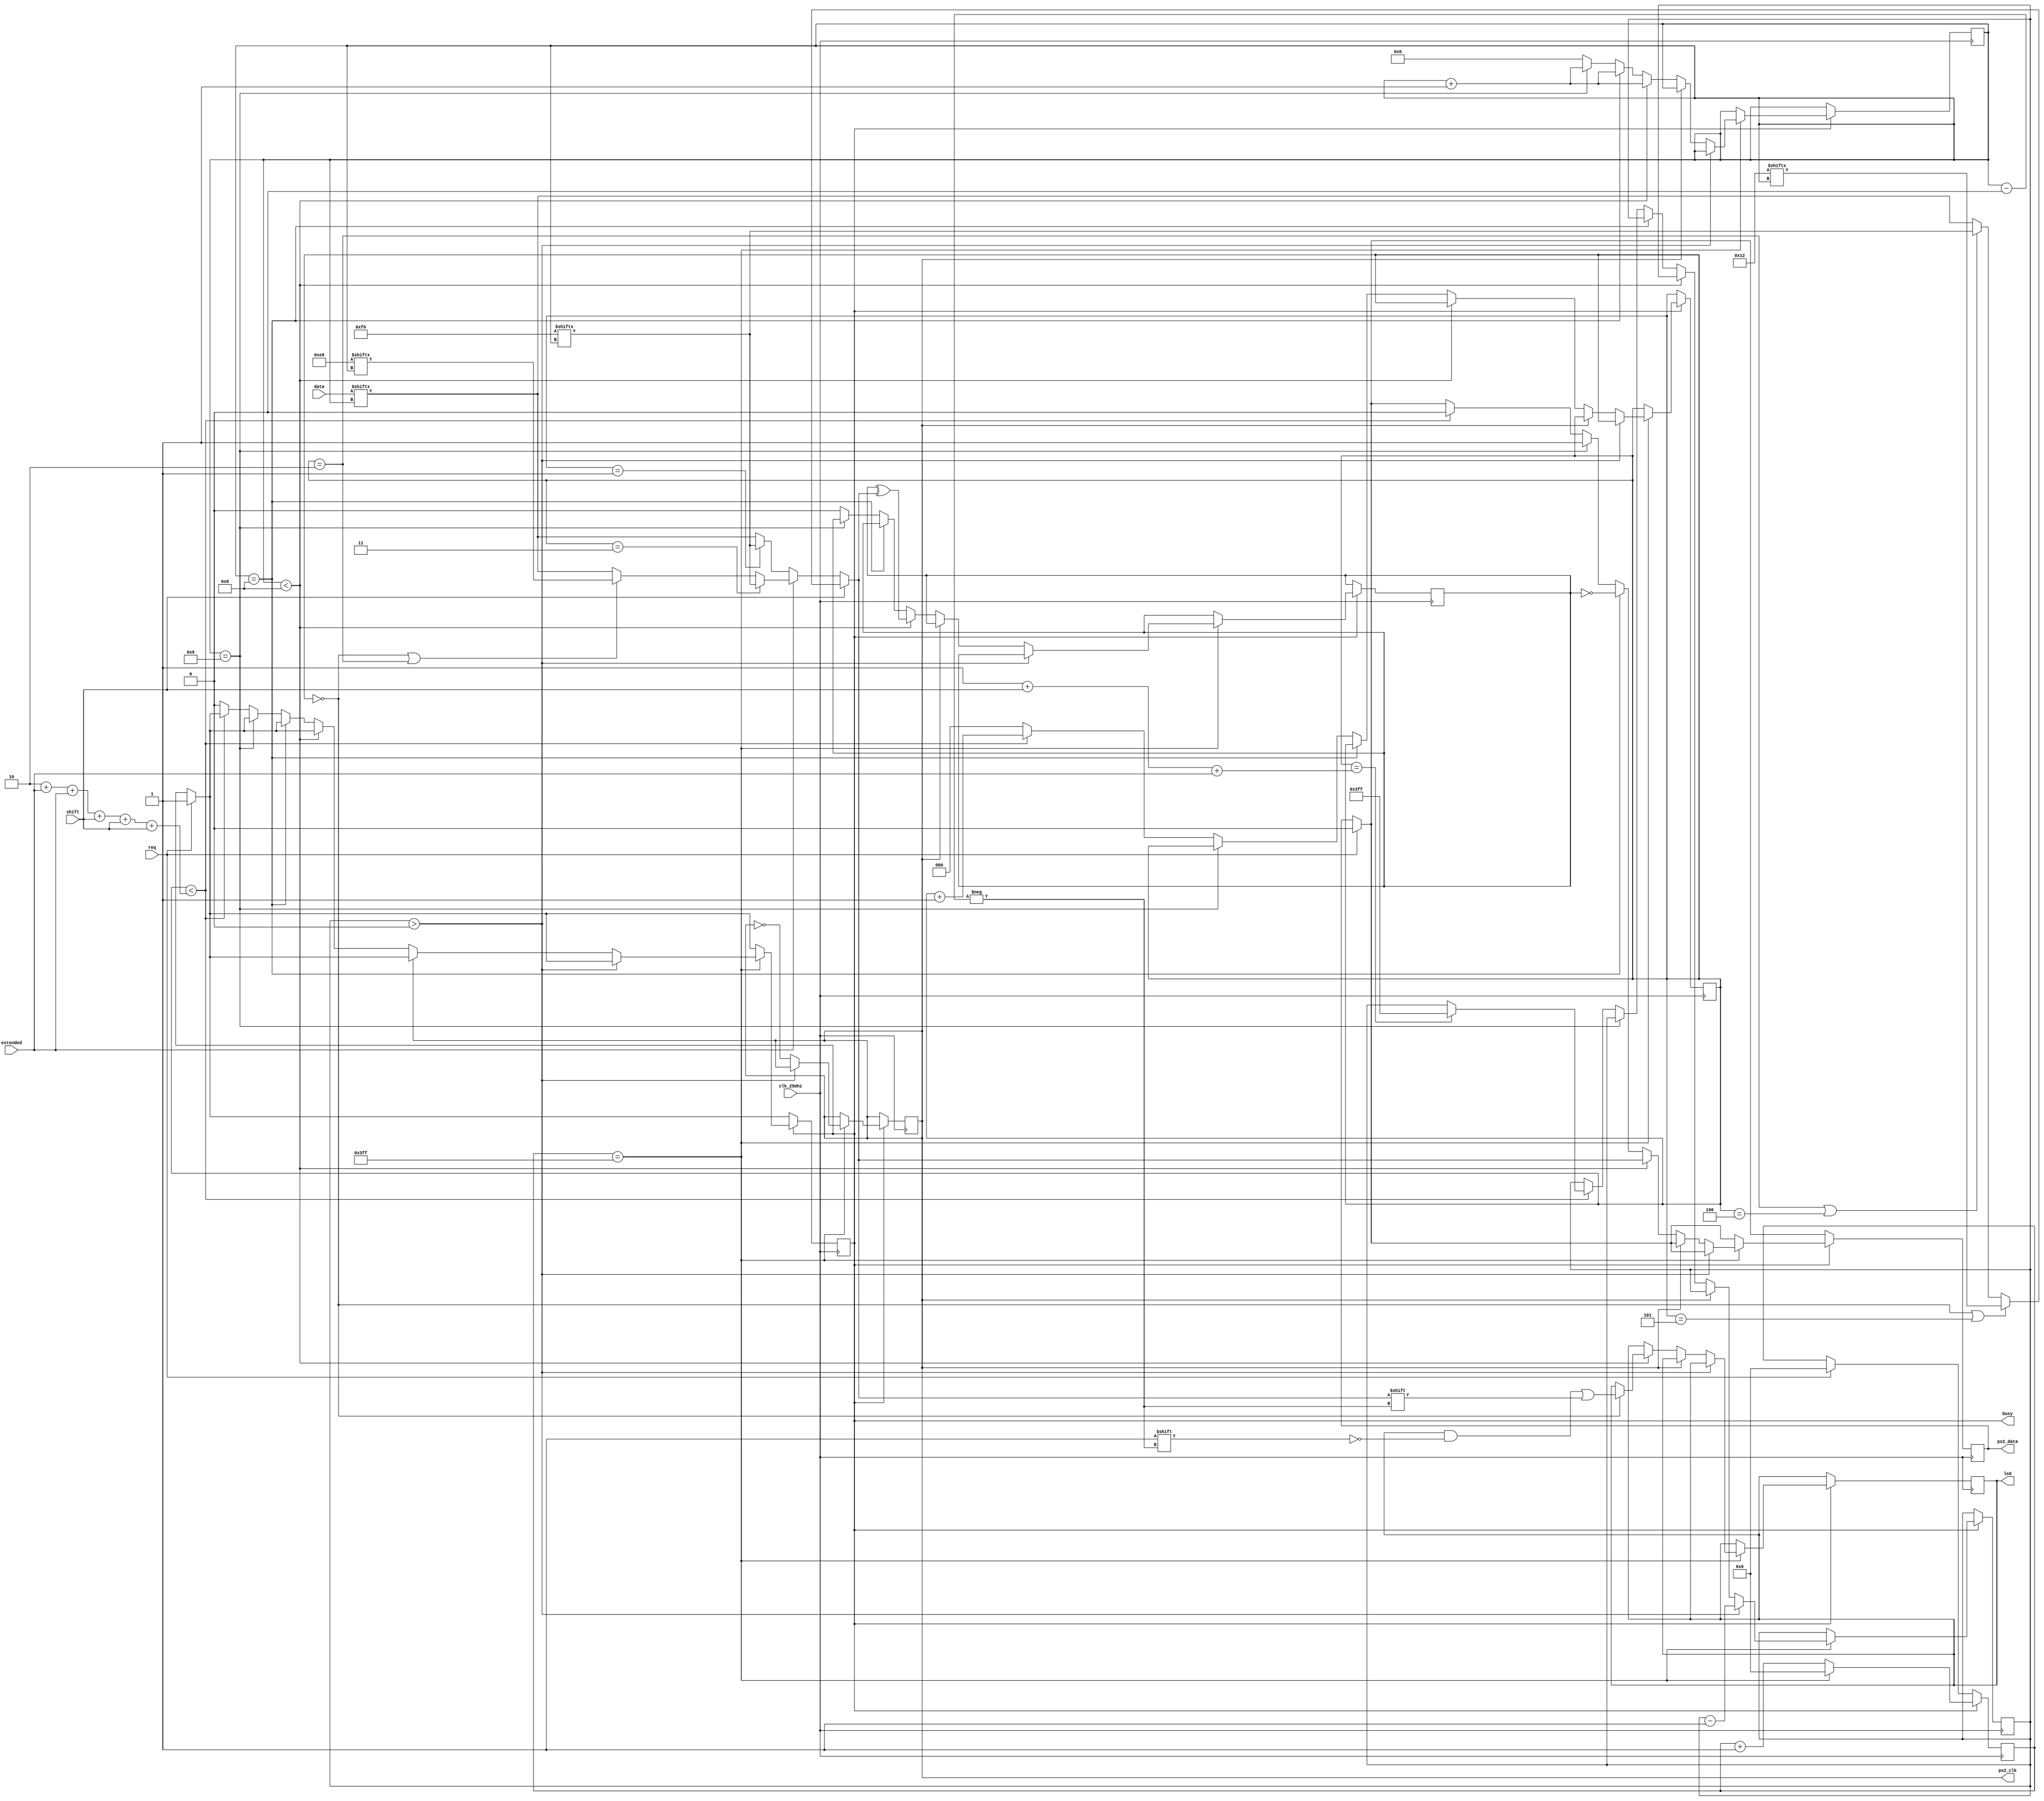
module ps2_send (
  input            clk_25mhz,
  output reg       ps2_data,
  output reg       ps2_clk = 1,
  input            req,
  output reg       busy,
  input [7:0]      data,
  input            extended,
  input            shift,
  output reg [7:0] led
);

reg [3:0]  bit_count = 0;
reg [10:0] prescaler = 0;
reg        parity = 0;
reg [2:0]  byte_count = 0;
reg [11:0]  delay = 0;

wire [7:0] break_code  = 8'hf0;
wire [7:0] extend_code = 8'he0;
wire [7:0] shift_code = 8'h12;

wire data_bit = data[bit_count];
wire break_bit = break_code[bit_count];
wire extend_bit = extend_code[bit_count];
wire shift_bit = shift_code[bit_count];

wire send_bit = (shift ? ((byte_count == 0 || byte_count == 5) ? shift_bit
                       : ((byte_count == 2 || byte_count == 4) ? break_bit : data_bit)) :
	         (extended ? (byte_count == 3 ? break_bit : 
		             ((byte_count == 0 || byte_count == 2) ? extend_bit : data_bit))
	                   : (byte_count == 1 ? break_bit : data_bit)));

always @(posedge clk_25mhz) begin
  if (req) begin
    ps2_data <= 0; // Start bit
    busy <= 1;
    prescaler <= 0;
  end
 
  if (busy) begin
    prescaler <= prescaler + 1;

    if (prescaler == 1023) begin
      prescaler <= 0;
      if (delay > 0) delay <= delay - 1;
      else begin
        ps2_clk <= ~ps2_clk;

        if (!ps2_clk) begin // Rising  edge
          bit_count <= bit_count + 1;

          if (bit_count < 8) begin
            ps2_data <= send_bit;
            parity = parity ^ send_bit;
	    if (byte_count == 0) led[bit_count] <= send_bit;
          end else if (bit_count == 8) begin
            ps2_data <= ~parity;
          end else if (bit_count == 9) begin
            ps2_data <= 1; // Stop bit
          end else begin // End of byte
            bit_count <= 0;
	    parity <= 0;
	    if (byte_count < 2 + extended + extended + shift + shift + shift) begin // More bytes
              byte_count <= byte_count + 1;
	      if (byte_count == 1 + shift + extended) delay <= 12'h3ff;
	      ps2_data <= 0; // Start bit
            end else begin
              busy <= 0;
	      byte_count <= 0;
	    end
	  end
	end
      end
    end      
  end
end

endmodule